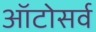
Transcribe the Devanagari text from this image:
ऑटोसर्व